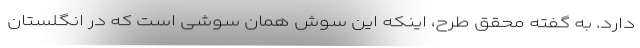
دارد. به گفته محقق طرح، اینکه این سوش همان سوشی است که در انگلستان